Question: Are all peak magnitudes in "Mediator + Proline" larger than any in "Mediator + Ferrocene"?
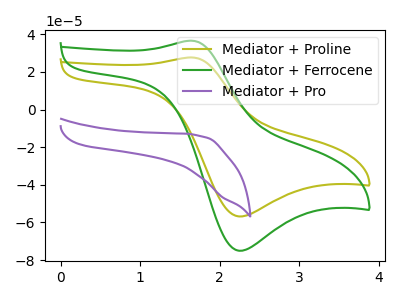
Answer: <think>The olive curve "Mediator + Proline" has an anodic peak at (1.65V, 27.75uA) and a cathodic peak at (2.25V, -56.80uA). The green curve "Mediator + Ferrocene" has an anodic peak at (1.65V, 36.65uA) and a cathodic peak at (2.25V, -75.05uA). The purple curve "Mediator + Pro" has no peaks.</think>
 <answer>Every peak in "Mediator + Proline" is lower than every peak in "Mediator + Ferrocene".</answer>
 <eval>lower</eval>